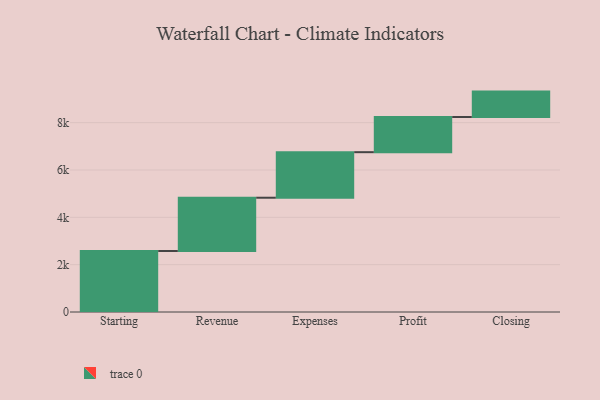
{"axis": {"x": "Step", "y": "Value"}, "legend": [""], "data": [{"x": "Starting", "y": 2577.0, "type": ""}, {"x": "Revenue", "y": 2252.0, "type": ""}, {"x": "Expenses", "y": 1924.0, "type": ""}, {"x": "Profit", "y": 1486.0, "type": ""}, {"x": "Closing", "y": 1074.0, "type": ""}]}